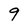
Character: 9